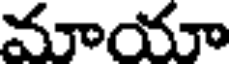
మాయా